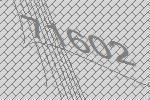
71602